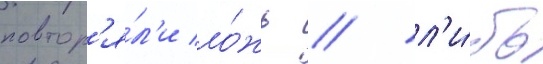
повтор'я́л'и ло́жь / л'и́бо